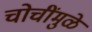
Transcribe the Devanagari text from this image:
चोचींमुळे